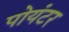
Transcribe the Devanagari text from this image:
पोयंटर